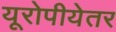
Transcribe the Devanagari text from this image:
यूरोपीयेतर